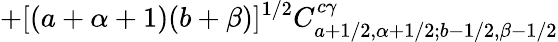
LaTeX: +[(a+\alpha+1)(b+\beta)]^{1/2}C_{a+1/2,\alpha+1/2;b-1/2,\beta-1/2}^{c\gamma}